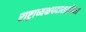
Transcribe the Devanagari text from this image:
राष्ट्राध्यक्षपदासाठीच्या